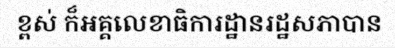
ខ្ពស់ ក៏អគ្គលេខាធិការដ្ឋានរដ្ឋសភាបាន